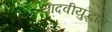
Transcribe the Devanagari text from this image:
यादवीयुद्धात